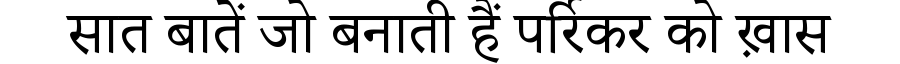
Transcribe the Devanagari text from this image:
सात बातें जो बनाती हैं पर्रिकर को ख़ास